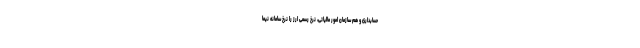
حسابداری و هم سازمان امور مالیاتی، نرخ رسمی ارز را نرخ سامانه نیما